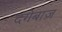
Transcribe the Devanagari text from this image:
दंगेबाज़